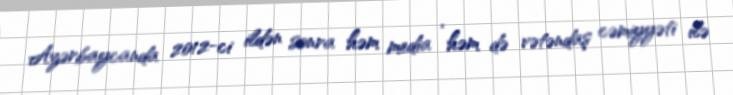
Azərbaycanda 2012-ci ildən sonra həm media , həm də vətəndaş cəmiyyəti ilə